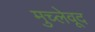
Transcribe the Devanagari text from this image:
मुच्लेवूद